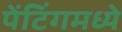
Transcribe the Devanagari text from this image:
पेंटिंगमध्ये